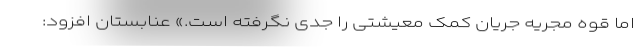
اما قوه مجریه جریان کمک معیشتی را جدی نگرفته است.» عنابستان افزود: